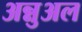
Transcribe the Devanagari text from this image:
अन्नुअल